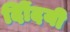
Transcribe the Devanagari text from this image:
दिोंदयी